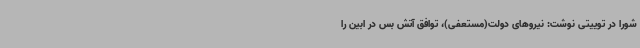
شورا در توییتی نوشت: نیروهای دولت(مستعفی)، توافق آتش بس در ابین را